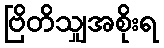
ဗြိတိသျှအစိုးရ